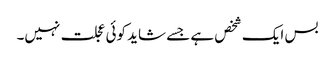
بس ایک شخص ہے جسے شاید کوئی عجلت نہیں۔